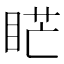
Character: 𥇀